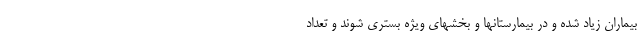
بیماران زیاد شده و در بیمارستانها و بخشهای ویژه بستری شوند و تعداد